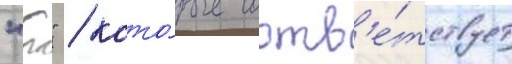
"т" / кото́рые соотв'е́тствует